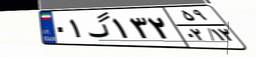
۰۱گ۱۳۲۵۹